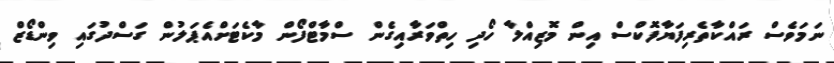
ނަމަވެސް ރައްކާތެރިފަޔާފޮކްސް އިން މޮޒިއްލާ ހޯދި ހިތްވަރާއިގެން ސްމާޓްފޯން މާކެޓަށްއެޕަލުން ގަސްދުގައި ވިންޑޯޒް